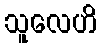
သူလေဟိ